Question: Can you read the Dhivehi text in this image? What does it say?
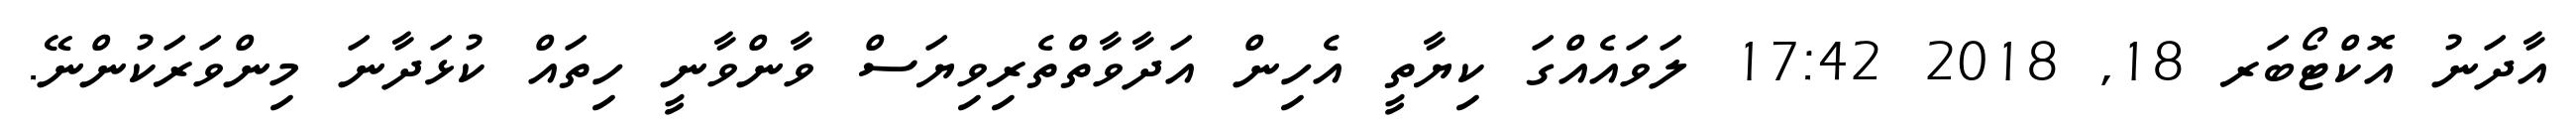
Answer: އާދަނު އޮކްޓޯބަރ 18, 2018 17:42 ލަވައެއްގަ ކިޔާތީ އެހިން އަދާވާތްތެރިވިޔަސް ވާންވާނީ ހިތައް ކުޅަދާނަ މިންވަރަކުންނޭ.